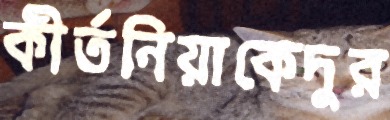
কীর্তনিয়াকেদুর